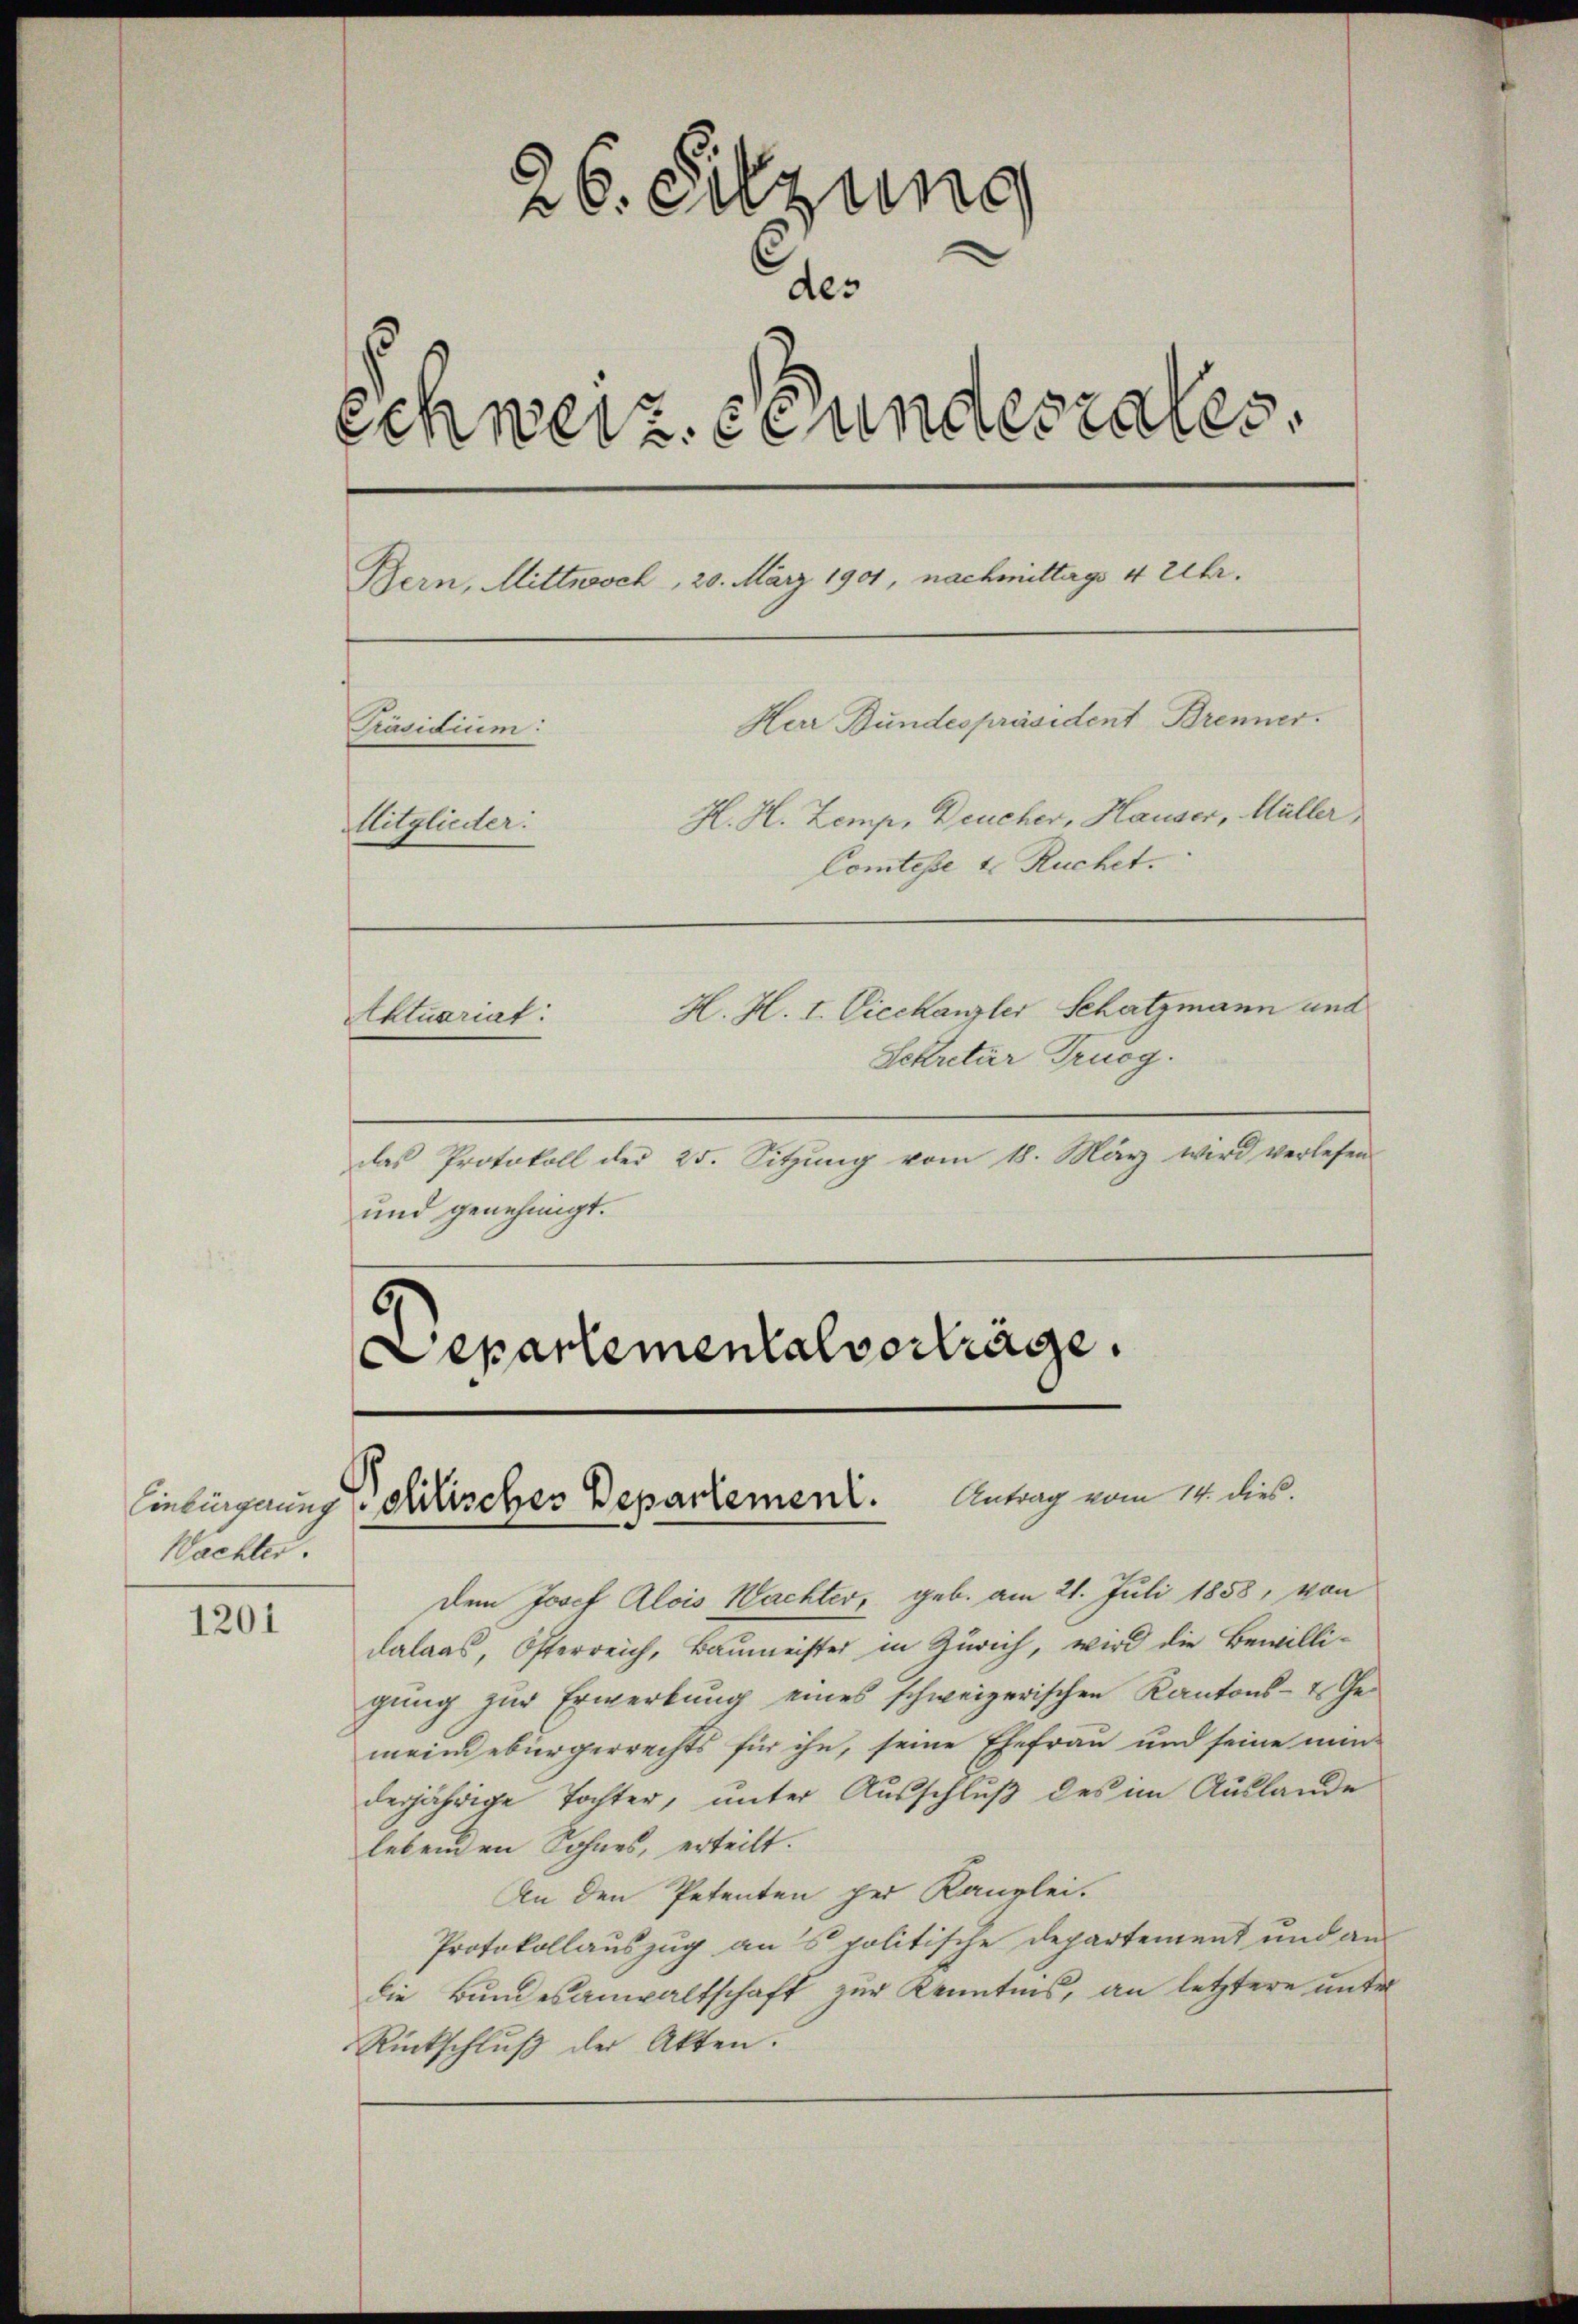
Wachter.

1201

26. Sitzung
des
Schweiz. Bundesrates.
Bern, Mittwoch, 20. März 1901, nachmittags 4 Uhr.
Herr Bundespräsident Brenner.
Präsidium:
H. H. Zemp, Deucher, Hauser, Müller
Mitglieder:
Comtesse 4. Ruchet.
H. H. I. Vicekanzler Schatzmann und
Aktuariat:
Sekretär Truog.

das Protokoll der 25. Sitzŭng vom 18. März wird verlesen
und genehmigt.
Departementalverträge.

Einlängerung Sohlisches Departement. Antrag vom 14. dies

Dem Josef Alois Wachter, geb. am 21. Juli 1858, von
dalaas, Österreich, Baumeister in Zürich, wird die Bewilligŭng zur Erwerbung eines schweizerischen Kantons- & Ge-
meindebürgerrechts für ihn, seine Ehefrau und seine min-
derjährige Tochter, unter Ausschluß des im Auslande
lebenden Sohnes, erteilt.
An den Petenten der Kanzlei-
Protokollauszug ans politische Departement und an
die Bundesanwaltschaft zur Kenntnis, an letztere unter
Rückschluß der Akten.